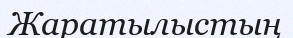
Жаратылыстың